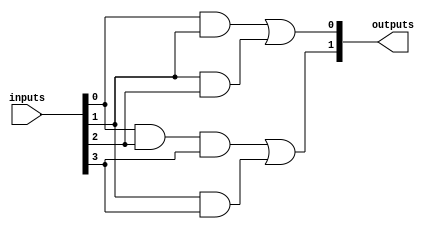
module masked_pal (
    input wire [N-1:0] inputs, // N input lines
    output wire [M-1:0] outputs // M output lines
);
    parameter N = 4; // Number of inputs
    parameter A = 4; // Number of AND gates
    parameter M = 2; // Number of OR outputs

    // AND gate outputs
    wire [A-1:0] and_out;

    // Define the AND gates based on the programmed connections
    // Example programming: 
    // AND gate 0: inputs[0] AND inputs[1]
    // AND gate 1: inputs[1] AND inputs[2]
    // AND gate 2: inputs[0] AND inputs[2] AND inputs[3]
    // AND gate 3: inputs[1] AND inputs[3]

    assign and_out[0] = inputs[0] & inputs[1]; // AND gate 0
    assign and_out[1] = inputs[1] & inputs[2]; // AND gate 1
    assign and_out[2] = inputs[0] & inputs[2] & inputs[3]; // AND gate 2
    assign and_out[3] = inputs[1] & inputs[3]; // AND gate 3

    // OR gates combining the outputs of the AND gates
    // Example OR outputs:
    // output 0: from AND gate 0 and AND gate 1
    // output 1: from AND gate 2 and AND gate 3

    assign outputs[0] = and_out[0] | and_out[1]; // OR gate 0
    assign outputs[1] = and_out[2] | and_out[3]; // OR gate 1

endmodule